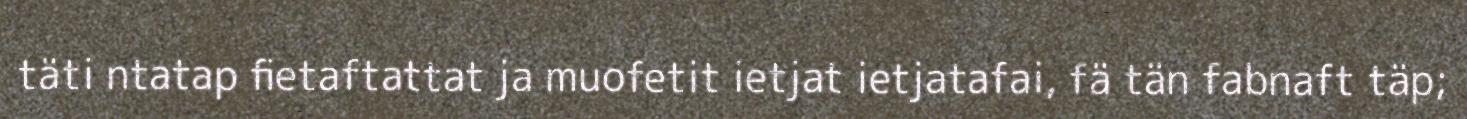
täti ntatap fietaftattat ja muofetit ietjat ietjatafai, fä tän fabnaft täp;